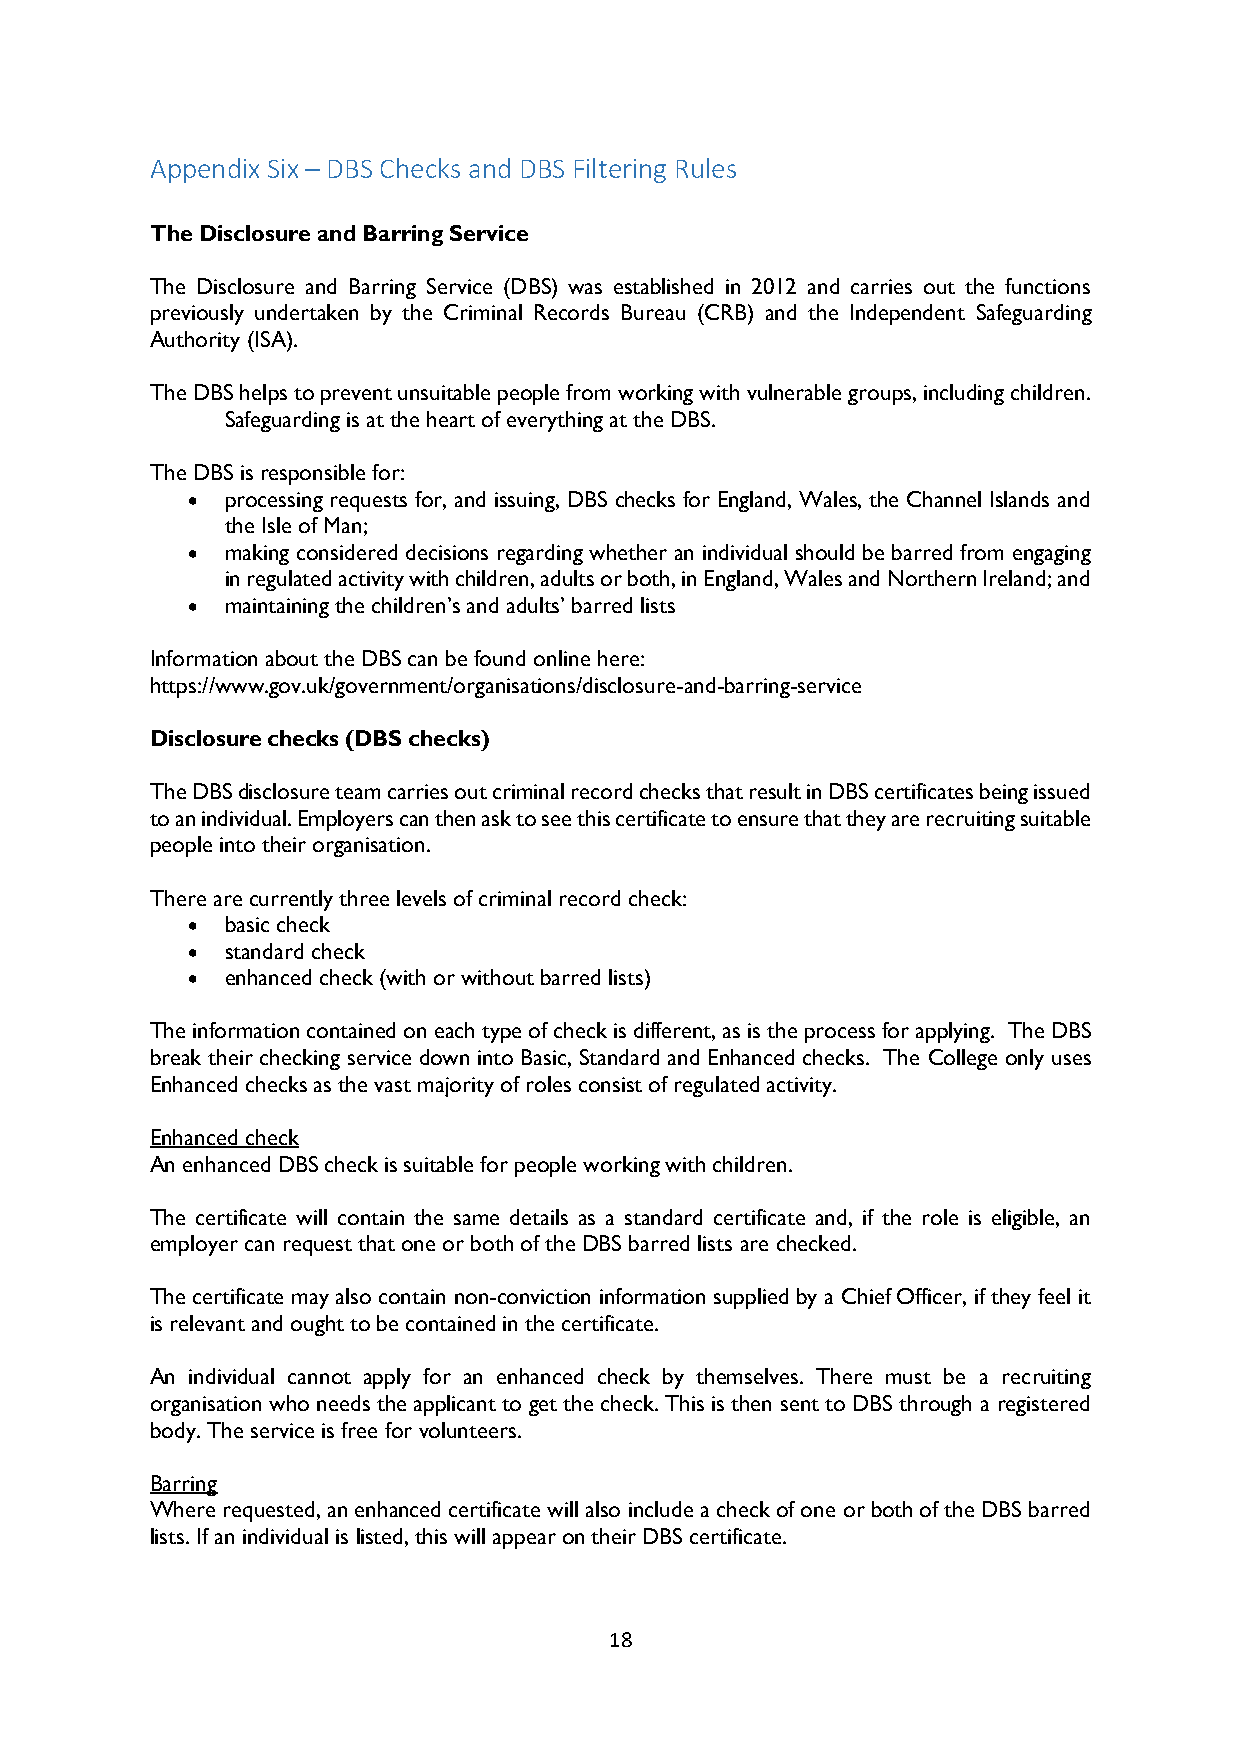
Appendix Six – DBS Checks and DBS Filtering Rules
 The Disclosure and Barring Service
 The Disclosure and Barring Service (DBS) was established in 2012 and carries out the functions
 previously undertaken by the Criminal Records Bureau (CRB) and the Independent Safeguarding
 Authority (ISA).
 The DBS helps to prevent unsuitable people from working with vulnerable groups, including children.
 Safeguarding is at the heart of everything at the DBS.
 The DBS is responsible for:
   processing requests for, and issuing, DBS checks for England, Wales, the Channel Islands and
 the Isle of Man;
   making considered decisions regarding whether an individual should be barred from engaging
 in regulated activity with children, adults or both, in England, Wales and Northern Ireland; and
   maintaining the children’s and adults’ barred lists
 Information about the DBS can be found online here:
 https://www.gov.uk/government/organisations/disclosure-and-barring-service
 Disclosure checks (DBS checks)
 The DBS disclosure team carries out criminal record checks that result in DBS certificates being issued
 to an individual. Employers can then ask to see this certificate to ensure that they are recruiting suitable
 people into their organisation.
 There are currently three levels of criminal record check:
   basic check
   standard check
   enhanced check (with or without barred lists)
 The information contained on each type of check is different, as is the process for applying. The DBS
 break their checking service down into Basic, Standard and Enhanced checks. The College only uses
 Enhanced checks as the vast majority of roles consist of regulated activity.
 Enhanced check
 An enhanced DBS check is suitable for people working with children.
 The certificate will contain the same details as a standard certificate and, if the role is eligible, an
 employer can request that one or both of the DBS barred lists are checked.
 The certificate may also contain non-conviction information supplied by a Chief Officer, if they feel it
 is relevant and ought to be contained in the certificate.
 An individual cannot apply for an enhanced check by themselves. There must be a recruiting
 organisation who needs the applicant to get the check. This is then sent to DBS through a registered
 body. The service is free for volunteers.
 Barring
 Where requested, an enhanced certificate will also include a check of one or both of the DBS barred
 lists. If an individual is listed, this will appear on their DBS certificate.
 18